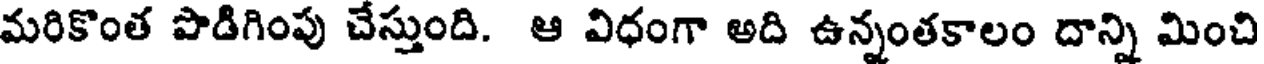
మరికొంత పొడిగింపు చేస్తుంది. ఆ విధంగా అది ఉన్నంతకాలం దాన్ని మించి